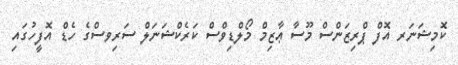
ކޮމިޝަނަރ އޮފް ޕްރިޒަންސް މޫސާ ޢާޒިމް މޯލްޑިވްސް ކަރެކްޝަނަލް ސަރިވސްގެ ހެޑް އޮފީހުގައި